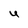
Character: U